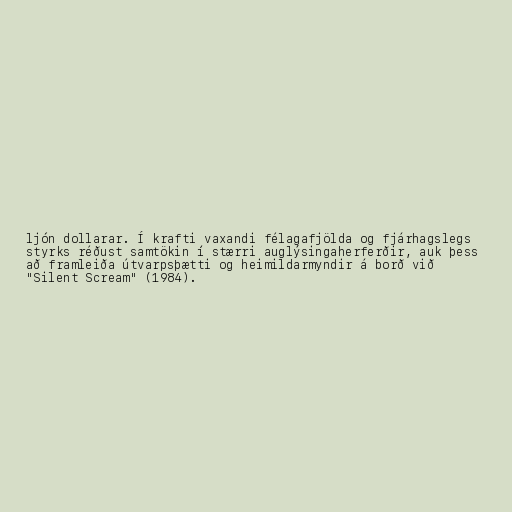
ljón dollarar. Í krafti vaxandi félagafjölda og fjárhagslegs
styrks réðust samtökin í stærri auglýsingaherferðir, auk þess
að framleiða útvarpsþætti og heimildarmyndir á borð við
"Silent Scream" (1984).